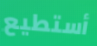
أستطيع